[Report on the health of British troops in the Madras command]
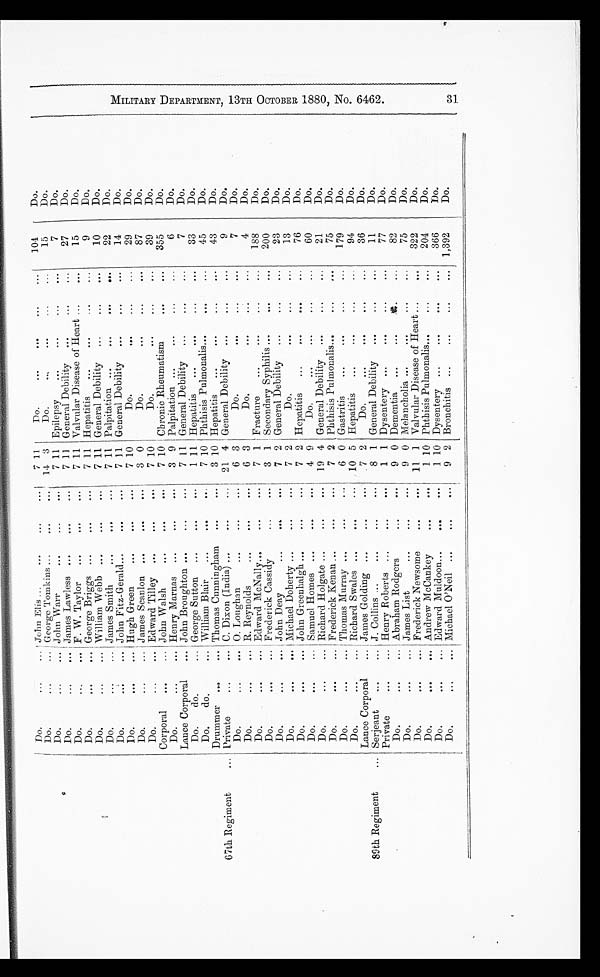
Do.
. . .
... John Elis ...
...
. . .
. . .
7 11
Do.
...
...
...
. . .
104
Do.
Do.
. . .
... George Tomkins ...
...
. . .
14 3 Do.
...
...
...
. . .
15
Do.
Do.
. . .
... John Warr...
...
. . .
7 11 Epilepsy
...
...
...
. . .
7
Do.
Do.
...
... James Lawless ...
. . .
. . .
7 11 General Debility
...
...
...
27
Do.
Do.
...
... F. W. Taylor
...
. . .
. . .
7 11 Valvular Disease of Heart
. . .
. . .
15
Do.
Do.
. . .
... George Briggs ...
. . .
. . .
7 11 Hepatitis
...
...
...
. . .
9
Do.
Do.
. . .
. . .
William Webb ...
. . .
. . .
7 11 General Debility
...
...
...
10
Do.
Do.
...
... James Smith...
. . .
. . .
7
11 Palpitation ...
...
. . .
. . .
22
Do.
Do.
...
... John Fitz-Gerald...
. . .
. . .
7 11 General Debility
...
. . .
. . .
14
Do.
Do.
. . .
... Hugh Green
...
. . .
. . .
7 10
Do.
...
...
. . .
29
Do.
Do.
...
. . .
James Scanlon ...
. . .
. . .
3 0
Do.
...
...
. . .
87
Do.
Do.
. . .
... Edward Tilley ...
...
. . .
7
10
Do. ...
...
. . .
39
Do.
Corporal
...
. . .
John Walsh
...
. . .
. . .
7 10 Chronic Rheumatism
. . .
. . .
355
Do.
Do.
. . .
. . .
Henry Marnas ...
. . .
. . .
3 9 Palpitation ...
...
...
. . .
6
Do.
Lance Corporal
... John Broughton ...
. . .
. . .
7 11 General Debility
...
...
...
7
Do.
Do.
do.
... George Sutton
...
. . .
...
1 11 Hepatitis
...
...
...
...
33
Do.
Do.
do.
... William Blair
...
. . .
...
7 10 Phthisis Pulmonalis...
. . .
...
45
Do.
Drummer ...
... Thomas Cunningham
...
. . . 3
10 Hepatitis
...
...
...
. . .
43
Do.
67th Regiment
... Private
...
... C. Dixon (India) ...
. . .
...
21 4 General Debility ...
...
...
9
Do.
Do.
. . .
... O. Loughan
...
...
. . .
6 3
Do.
...
...
. . .
7
Do.
Do.
. . .
... R. Reynolds
...
. . .
. . .
6 3
Do.
...
. . .
. . .
4
Do.
Do.
. . .
... Edward McNally...
...
. . .
7 1 Fracture
...
...
...
...
188
Do.
Do.
. . .
... Frederick Cassidy
...
. . .
3 1 Secondary Syphilis ...
. . .
. . .
200
Do.
Do.
. . .
... John Deay
...
...
. . .
7 2 General Debility
...
...
...
23
Do.
Do.
. . .
... Michael Doherty ...
...
...
7 2
Do.
...
...
. . .
13
Do.
Do.
. . .
... John Greenhalgh ...
. . .
. . .
7 2 Hepatitis
...
...
. . .
. . .
76
Do.
Do.
. . .
... Samuel Homes ...
. . .
. . .
4 9
Do.
...
...
...
. . .
60
Do.
Do.
. . .
... Richard. Holgate ...
...
...
19 4 General Debility
...
...
. . .
21
Do.
Do.
. . .
. . .
Frederick Kenan ...
...
. . .
7 2 Phthisis Pulmonalis...
...
. . .
75
Do.
Do.
...
... Thomas Murray ...
. . .
...
6 0 Gastritis
...
...
. . .
. . .
179
Do.
Do.
...
... Richard Swales ...
. . .
. . .
10 5 Hepatitis
...
...
. . .
. . .
94
Do.
Lance Corporal
... James Golding ...
...
. . .
7 2
Do.
...
...
...
...
36
Do.
89th Regiment
... Serjeant
...
... J. Collins ...
...
...
...
8 1 General Debility
...
...
...
11
Do.
Private
...
... Henry Roberts ...
...
...
1 1 Dysentery ...
...
...
. . .
77
Do.
Do.
. . .
... Abraham Rodgers
...
. . .
9 0 Dementia
...
...
. . .
. . .
82
Do.
Do.
...
. . .
James List
...
...
...
9 0 Melancholia ...
...
...
...
75
Do.
Do.
. . .
... Frederick Newsome
. . .
. . .
11 1 Valvular Disease of Heart ...
. . .
322
Do.
Do.
. . .
... Andrew McCankey
. . .
...
1 10 Phthisis Pulmonalis...
...
...
204
Do.
Do.
...
... Edward Muldoon...
. . .
. . .
1 10 Dysentery ...
...
. . .
...
366
Do.
Do.
. . .
... Michael O'Neil ...
. . .
...
9 2 Bronchitis ...
. . .
...
... 1,392
Do.
M I L I T A R Y D E P A R T M E N T , 1 3 T H O C T O B E R 1 8 8 0 , N O . 6 4 6 2 .